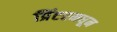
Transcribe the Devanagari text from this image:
प्रिंटरमधून